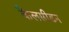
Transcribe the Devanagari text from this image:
कैलसीडन